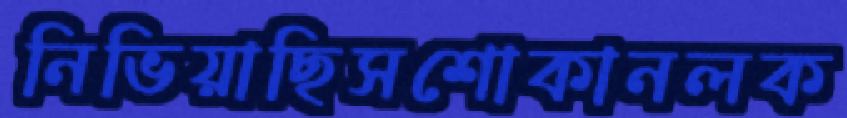
নিভিয়াছিসশোকানলক